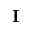
\textbf { I }